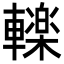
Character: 𮝩